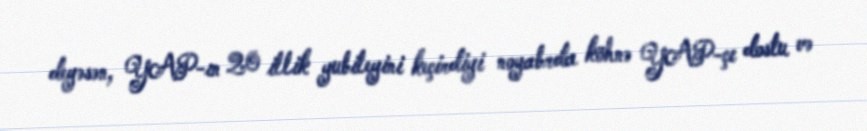
deyəsən, YAP-ın 20 illik yubileyini keçirdiyi noyabrda köhnə YAP-çı dostu və